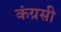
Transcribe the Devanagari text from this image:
कंग्रसी